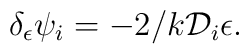
\delta _\epsilon \psi _i  =-2/k {\cal D}_i \epsilon .